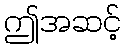
ဤအဆင့်